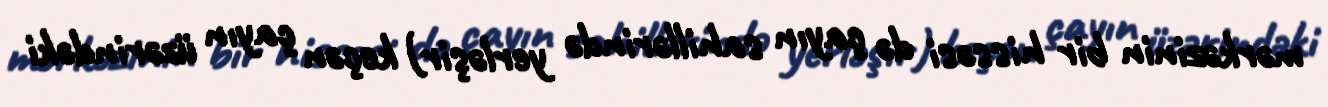
mərkəzinin bir hissəsi də çayın sahillərində yerləşir) keçən çayın üzərindəki